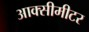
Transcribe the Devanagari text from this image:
आक्सीमीटर